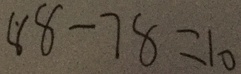
8 8 - 7 8 = 1 0